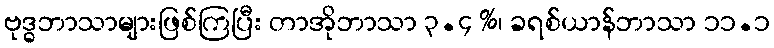
ဗုဒ္ဓဘာသာများဖြစ်ကြပြီး တာအိုဘာသာ ၃.၄ %၊ ခရစ်ယာန်ဘာသာ ၁၁.၁